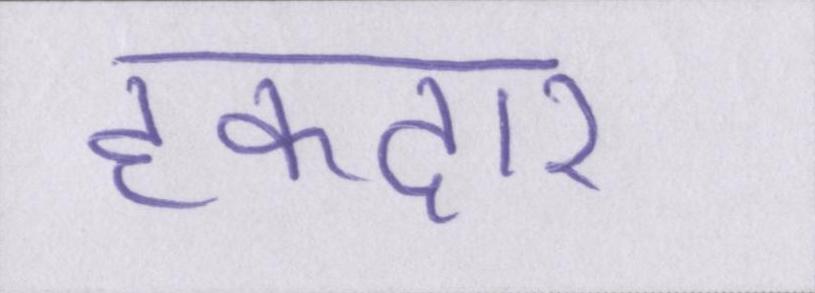
हकदार